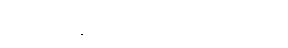
ခင်ဗျား ဘန်ကောက်ကို ဘယ်လို ထင်လဲ။